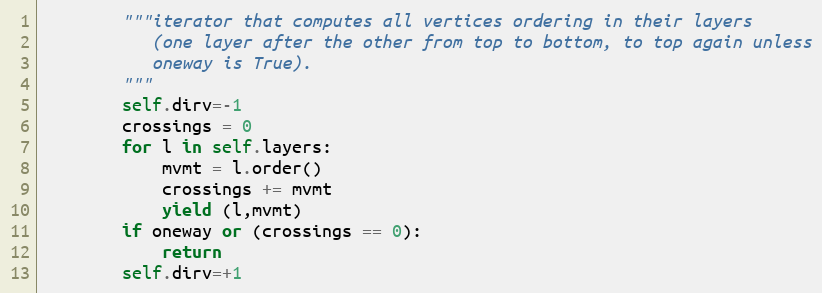
Language: Python
        """iterator that computes all vertices ordering in their layers
           (one layer after the other from top to bottom, to top again unless
           oneway is True).
        """
        self.dirv=-1
        crossings = 0
        for l in self.layers:
            mvmt = l.order()
            crossings += mvmt
            yield (l,mvmt)
        if oneway or (crossings == 0):
            return
        self.dirv=+1